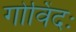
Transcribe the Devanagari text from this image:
गोविंदः